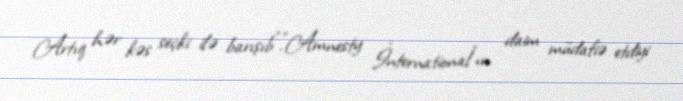
Artıq hər kəs seçki ilə barışıb”.“Amnesty İnternational”ın daim müdafiə etdiyi